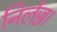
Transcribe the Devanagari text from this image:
निर्लज्ज।